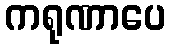
ကရုဏာပေ